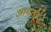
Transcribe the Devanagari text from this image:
आयतनं।